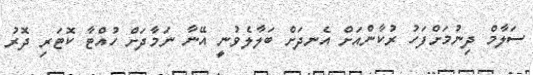
ސަލާމް ދިނުމަށްފަހު ރުކާންއަށް އެނދަށް ބަލާލެވުނީ އޭނާ ނަމާދަށް ހުއްޓާ ކޮޓަރި ދޮރު